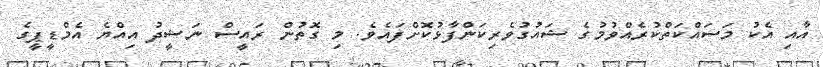
އާއި އެކު މަސައްކަތްކުރެއްވުމުގެ ޝައުގުވެރިކަންފާޅުކޮށްފައެވެ. މި ގޮތުން ރައީސް ނަޝީދު އިއްޔެ އެމްޑީޕީގެ